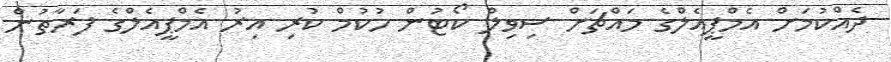
ދެއްކުމަށް އެމްޕީއެލްގެ މައްޗަށް ސިވިލް ކޯޓުން ހުކުމް ކުރި އިރު އެމްޕީއެލްގެ ފަރާތުން